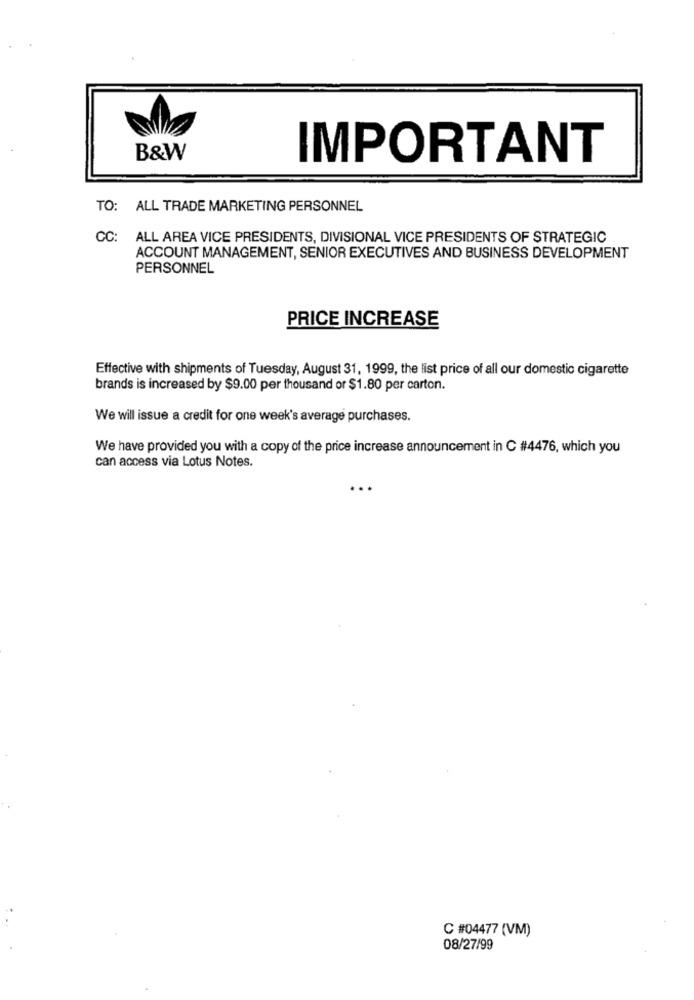
B&W
IMPORTANT
TO: ALL TRADE MARKETING PERSONNEL
CC:
ALL AREA VICE PRESIDENTS, DIVISIONAL VICE PRESIDENTS OF STRATEGIC
ACCOUNT MANAGEMENT, SENIOR EXECUTIVES AND BUSINESS DEVELOPMENT
PERSONNEL
PRICE INCREASE
Effective with shipments of Tuesday, August 31, 1999, the list price of all our domestic cigarette
brands is increased by $9.00 per thousand or $1.80 per carton.
We will issue a credit for one week's average purchases.
We have provided you with a copy of the price increase announcement in C #4476, which you
can access via Lotus Notes.
C #04477 (VM)
08/27/99